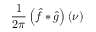
{ \frac { 1 } { 2 \pi } } \left( { \hat { f } } * { \hat { g } } \right) ( \nu )